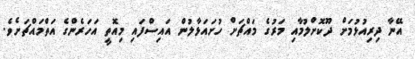
އޭނާ ދިރިއުޅުމަށް ދޫކޮށްލުމާއި މަރުގެ މައްޗަށް ހުށައަޅާލުން އައިސްފައި މިއޮތީ އަހަރެންގެ އަތްމައްޗަށެވެ.